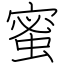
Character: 蜜